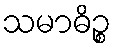
သမာဓိဉ္စ